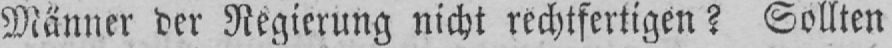
Männer der Regierung nicht rechtfertigen? Sollten